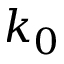
k _ { 0 }